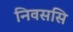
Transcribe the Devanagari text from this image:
निवससि